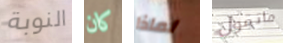
النوبة كان لماذا ماتقول